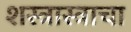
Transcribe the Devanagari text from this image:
शस्त्रास्त्राचा